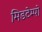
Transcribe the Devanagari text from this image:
मिडटेम्पो